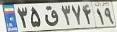
۳۵ق۳۷۴۱۹